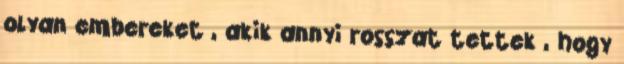
olyan embereket , akik annyi rosszat tettek , hogy